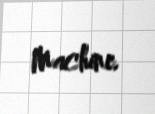
Machine.